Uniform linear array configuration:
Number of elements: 12
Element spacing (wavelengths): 0.5
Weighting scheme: cosine
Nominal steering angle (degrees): -15
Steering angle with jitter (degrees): -16.884
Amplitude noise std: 0.05
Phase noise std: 0.05

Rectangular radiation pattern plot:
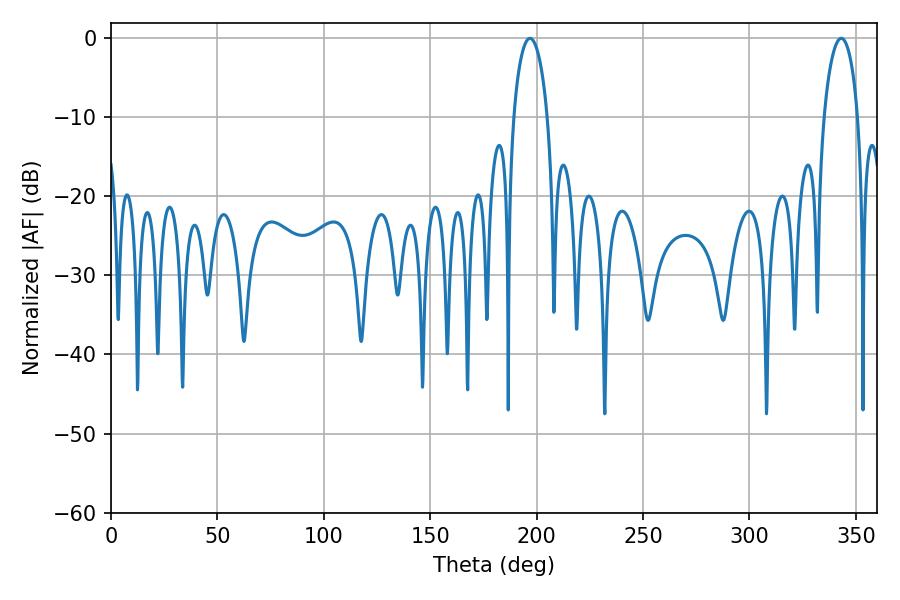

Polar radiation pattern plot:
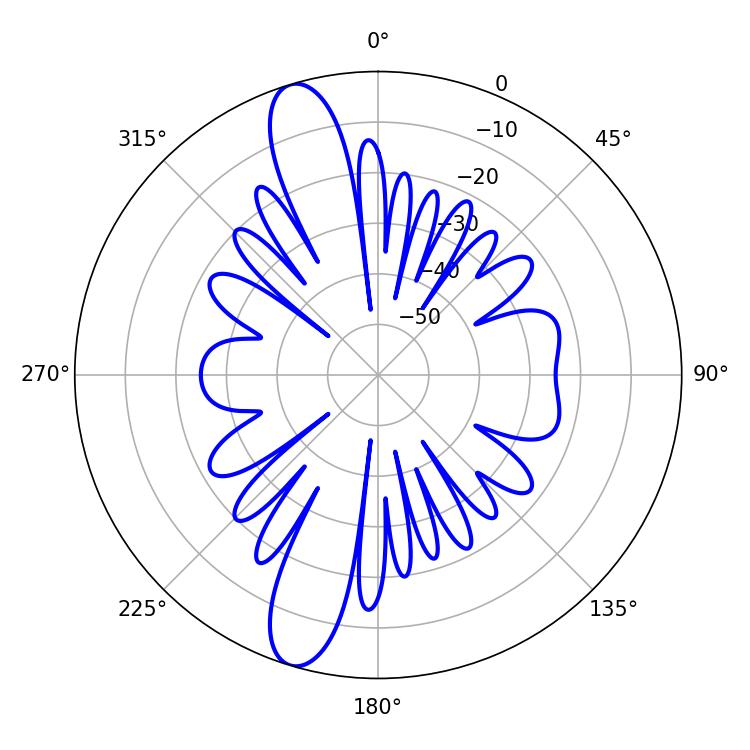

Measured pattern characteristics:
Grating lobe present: FALSE
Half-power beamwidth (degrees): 9
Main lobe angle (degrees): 196.92